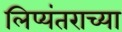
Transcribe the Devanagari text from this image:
लिप्यंतराच्या